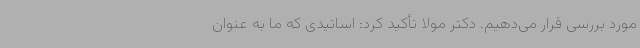
مورد بررسی قرار می‌دهیم. دکتر مولا تأکید کرد: اساتیدی که ما به عنوان